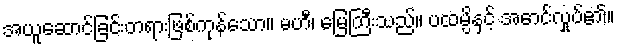
အယူဆောင်ခြင်းတရားဖြစ်ကုန်သော။ မဟီ၊ မြေကြီးသည်။ ပထမ္ပိနှင့် အောင်လှုပ်၏။